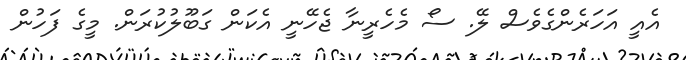
އެއީ އަހަރެންގެވެސް ލޭ. ސޯ މެހެރީނާ ޖެހޭނީ އެކަން ގަބޫލުކުރަން. މީގެ ފަހުން